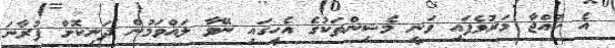
އެ ކުއްޖާ މަރުވެފައި ވަނީ މެޝިންތަކުގެ އެހީގައި ނޭވާ ލައްވަމުން ދަނިކޮށް ފުރާނަ